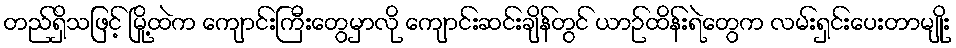
တည်ရှိသဖြင့် မြို့ထဲက ကျောင်းကြီးတွေမှာလို ကျောင်းဆင်းချိန်တွင် ယာဉ်ထိန်းရဲတွေက လမ်းရှင်းပေးတာမျိုး